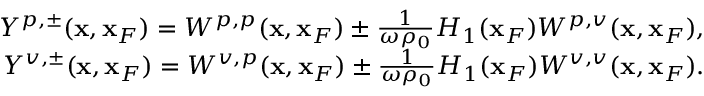
\begin{array} { r l r } & { } & { Y ^ { p , \pm } ( { \bf x } , { \bf x } _ { F } ) = W ^ { p , p } ( { \bf x } , { \bf x } _ { F } ) \pm \frac { 1 } { \omega \rho _ { 0 } } { \cal H } _ { 1 } ( { \bf x } _ { F } ) W ^ { p , v } ( { \bf x } , { \bf x } _ { F } ) , } \\ & { } & { Y ^ { v , \pm } ( { \bf x } , { \bf x } _ { F } ) = W ^ { v , p } ( { \bf x } , { \bf x } _ { F } ) \pm \frac { 1 } { \omega \rho _ { 0 } } { \cal H } _ { 1 } ( { \bf x } _ { F } ) W ^ { v , v } ( { \bf x } , { \bf x } _ { F } ) . } \end{array}